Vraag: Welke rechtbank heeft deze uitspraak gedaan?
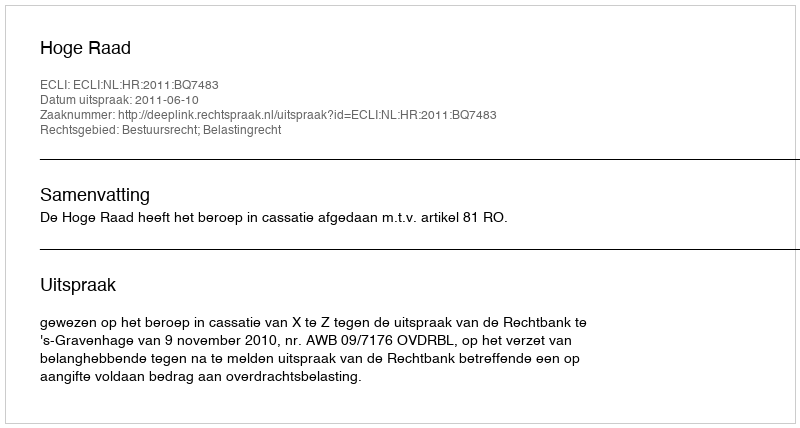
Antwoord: Hoge Raad